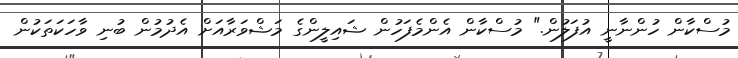
މުސްކާން ހުންނާނީ އުފަލުން." މުސްކާން އެންމެފަހުން ޝައިލީންގެ މަޝްވަރާއަށް އެދުމުން ބުނި ވާހަކަތަކުން